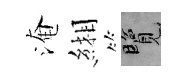
淹緗覽